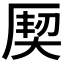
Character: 𭆌